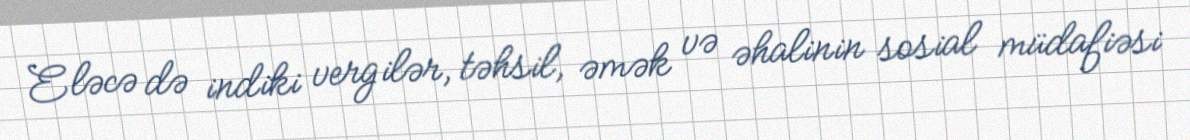
Eləcə də indiki vergilər, təhsil, əmək və əhalinin sosial müdafiəsi